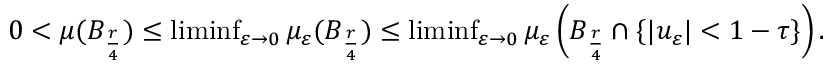
\begin{array} { r } { 0 < \mu ( B _ { \frac { r } { 4 } } ) \leq \operatorname* { l i m i n f } _ { \varepsilon \rightarrow 0 } \mu _ { \varepsilon } ( B _ { \frac { r } { 4 } } ) \leq \operatorname* { l i m i n f } _ { \varepsilon \rightarrow 0 } \mu _ { \varepsilon } \left( B _ { \frac { r } { 4 } } \cap \{ | u _ { \varepsilon } | < 1 - \tau \} \right) . } \end{array}